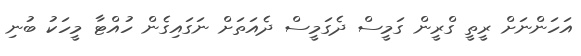
އަހަންނަށް ރީތީ ގްރީން ގަމީސް ދެގަމީސް ދެއަތަށް ނަގައިގެން ހުއްޓާ މީހަކު ބުނި